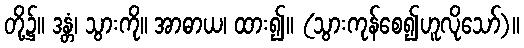
တို့၌။ ဒန္တံ၊ သွားကို။ အာဓာယ၊ ထား၍။ (သွားကုန်စေ၍ဟူလိုသော်)။